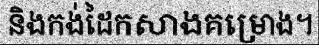
និងកង់ដៃកសាងគម្រោង។